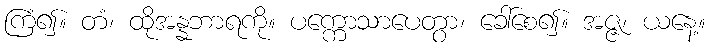
ကြံ၍။ တံ၊ ထိုအန္နဘာရကို။ ပက္ကောသာပေတွာ၊ ခေါ်စေ၍။ အဇ္ဇ၊ ယနေ့။